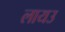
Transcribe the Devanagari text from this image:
लायउ